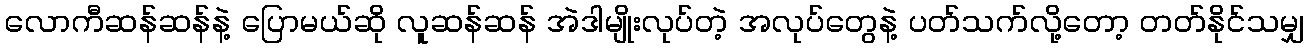
လောကီဆန်ဆန်နဲ့ ပြောမယ်ဆို လူဆန်ဆန် အဲဒါမျိုးလုပ်တဲ့ အလုပ်တွေနဲ့ ပတ်သက်လို့တော့ တတ်နိုင်သမျှ